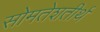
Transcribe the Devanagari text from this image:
सोमतेशतीर्थ